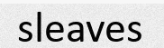
sleaves